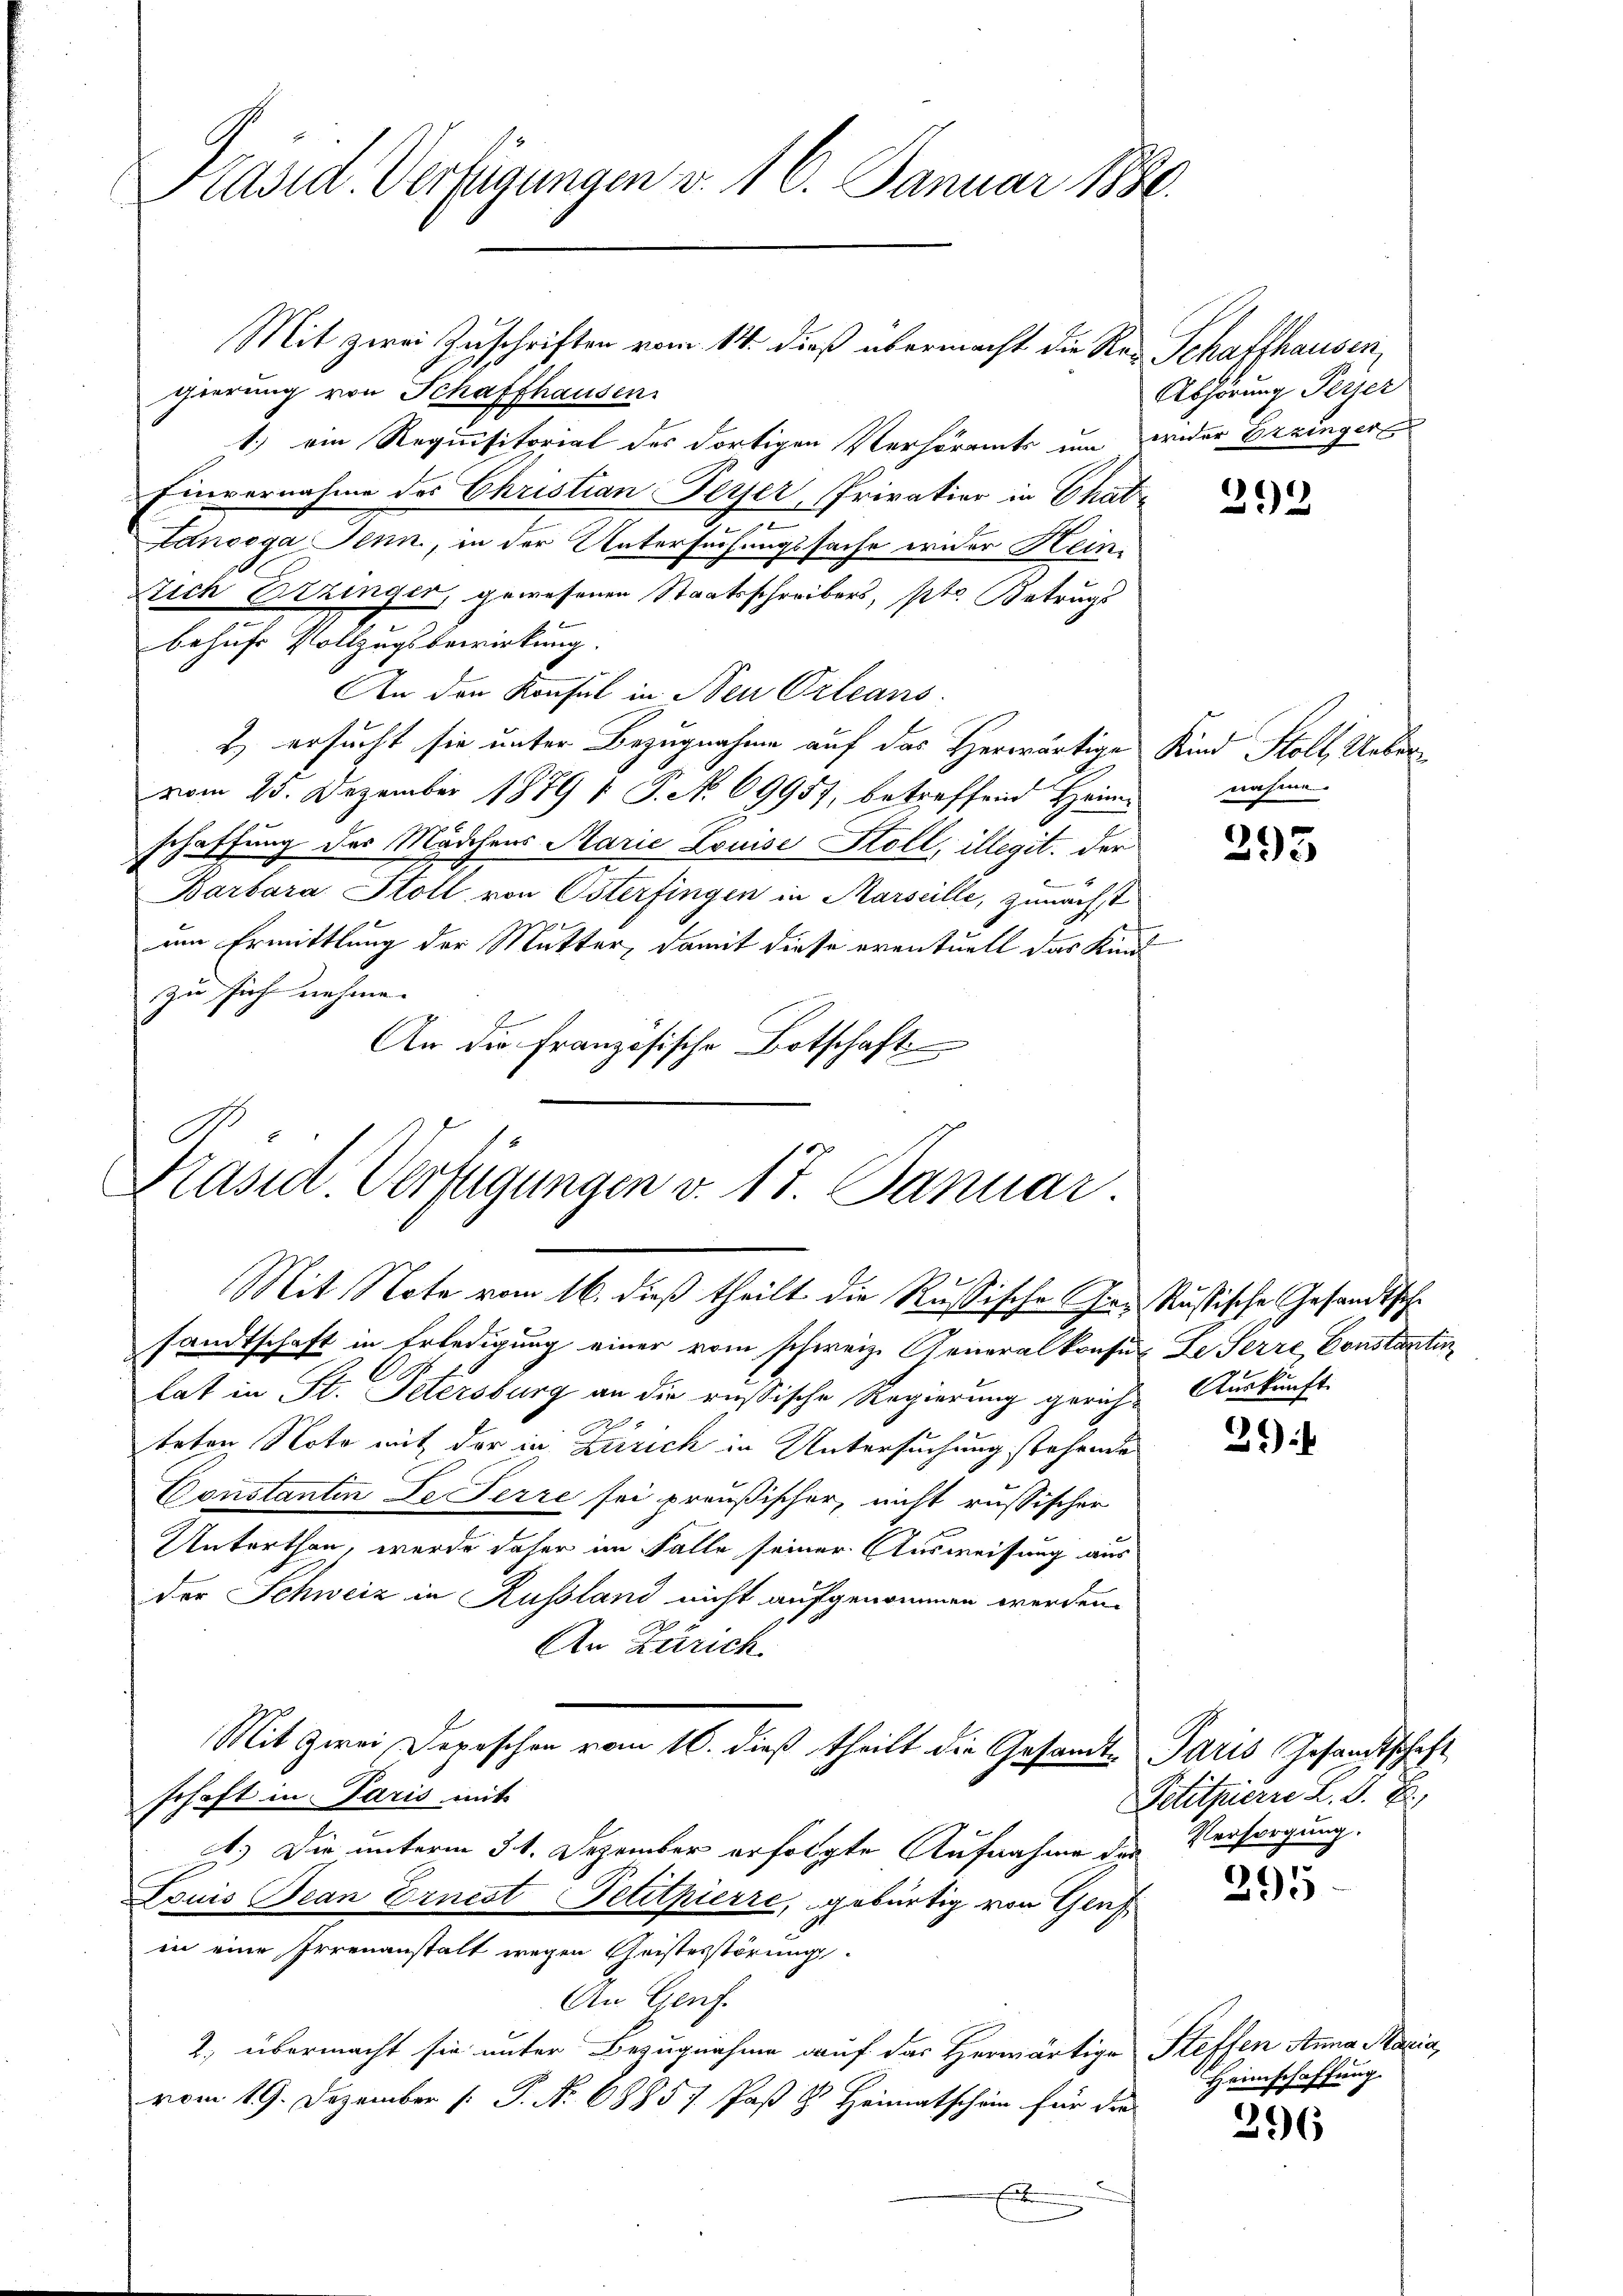
Präsid. Verfügungen v. 16. Januar 1880.

gierung von Schaffhausen.
1.) ein Requisitorial des dortigen Verhöramts um wider Erzingeren
Einvernahme des Christian Ferser, Privation in Chat¬
Lanooga Jenn, in der Untersuchungssache wider Hein-
tich Erzinger, gewesenen Staatsschreibers, ptr. Betrugs
behufs Vollzugsbewirkung.
An den Konsul in Neu Orleans
) ersucht sie unter Bezugnahme auf das Herwärtige Kind Stoll, Uebervom 25. Dezember 1879 /: P. N. 69957, betreffend Heim-
schaffung des Mädchens Marie Louise Stoll, illegit. der
Barbara Stoll von Osterfingen in Marseille, zunächst
um Ermittlung der Mutter, damit diese eventuell das Kind
zu such nahme. |
An die französische Botschaft

E
Präsid. Verfügungen v. 17. Januar
Mit Note vom 16. dieß theilt die Russische Gr. Russische Gesandtsche

Mit zwei Zuschriften vom 14. dieß übermacht die Re- Schaffhausen,

sandtschaft in Erledigung einer vom schweiz. Generalkonsur. Le Serre Constantin
lat in St. Petersburg an die russische Regierung gerich¬
 7
d
teten Note mit der in Zürich in Untersuchung stehende
Constantin Le Ferre sei preußischer, nicht russischer
Unterthan, wurde daher im Falle seiner Ausweisung aus
der Schweiz in Russland nicht aufgenommen werden.
An Zürich
Mit zwei Depeschen vom 16. dieß theilt die Gesandte Paris Gesandtschaft
schaft in Paris mit
A.) Die unterm 31. Dezember erfolgte Aufnahme der
Louis Jean Ernest Petitpierre, gebürtig von Genf
in eine Irrenanstalt wegen Geistesstörung
An Genf.
2. übermacht sie unter Bezugnahme auf das Herwärtige Steffen Anna Maria,
vom 19. Dezember [ P. Nr. 6885 7 Paßt & Heimatschein für die
x

Abhörung Peyer

212

nahme

295

Auskunft.

31)

Petitpierre L. S. B.
Versorgung.

295

Heimschaffung.

296